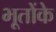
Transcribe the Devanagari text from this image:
भूतोंके